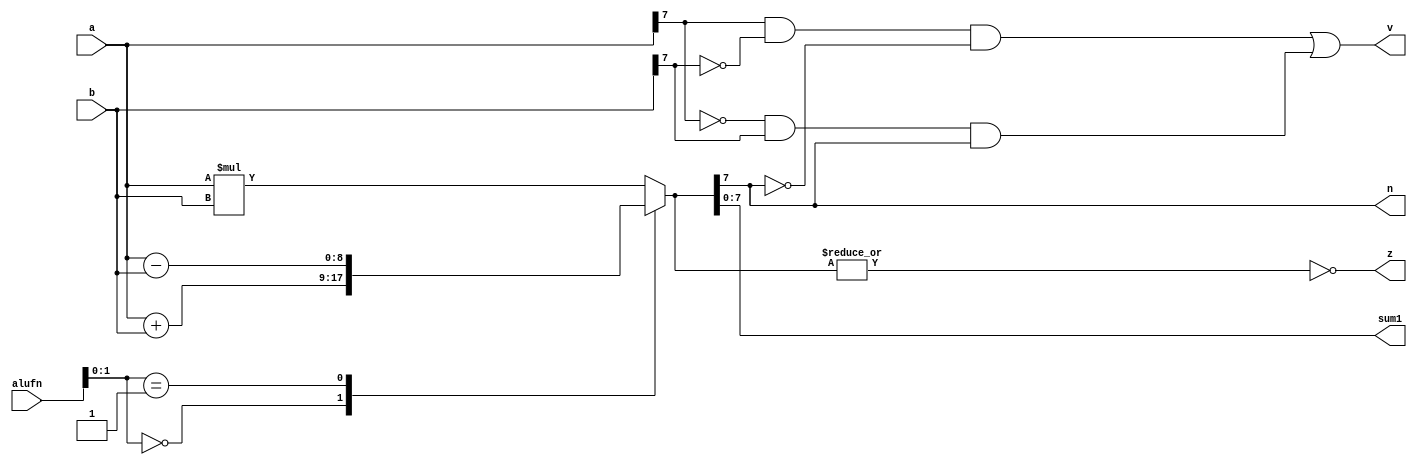
/*
   This file was generated automatically by the Mojo IDE version B1.2.6.
   Do not edit this file directly. Instead edit the original Lucid source.
   This is a temporary file and any changes made to it will be destroyed.
*/

module adder_54 (
    input [5:0] alufn,
    input [7:0] a,
    input [7:0] b,
    output reg [7:0] sum1,
    output reg z,
    output reg v,
    output reg n
  );
  
  
  
  reg [8:0] sum;
  
  always @* begin
    
    case (alufn[0+1-:2])
      1'h0: begin
        sum = a + b;
      end
      1'h1: begin
        sum = a - b;
      end
      4'ha: begin
        sum = a * b;
      end
      default: begin
        sum = a * b;
      end
    endcase
    sum1 = sum[0+7-:8];
    v = (a[7+0-:1] & ~b[7+0-:1] & (~sum[7+0-:1])) | ((~a[7+0-:1]) & (b[7+0-:1]) & sum[7+0-:1]);
    n = sum[7+0-:1];
    z = (~|sum);
  end
endmodule